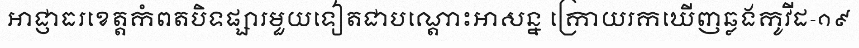
អាជ្ញាធរខេត្តកំពតបិទផ្សារមួយទៀតជាបណ្តោះអាសន្ន ក្រោយរកឃើញឆ្លងកូវីដ-១៩